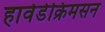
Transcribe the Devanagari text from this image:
हार्वर्डक्रिमसन